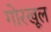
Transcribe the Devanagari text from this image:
गोरखूल